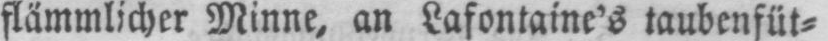
flämmlicher Minne, an Lafontaine’s taubenfüt⸗